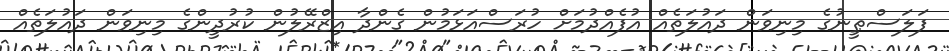
ފަލަސްޠީނުގެ މިނިވަން ދައުލަތެއް އުފެއްދުމަށް ހުރަސްއަޅަމުން ގެންދާ އިޒްރޭލުން ކުރުދީންގެ މިނިވަން ދައުލަތެއް